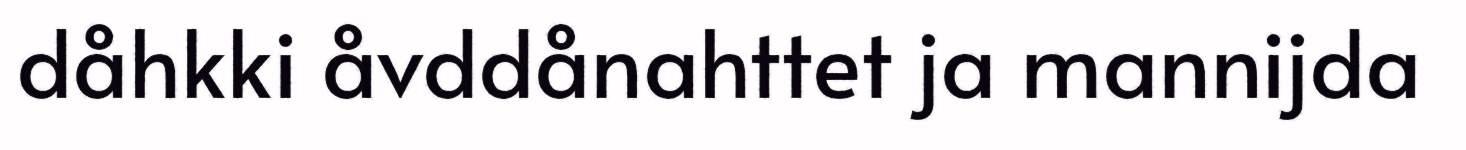
dåhkki åvddånahttet ja mannijda